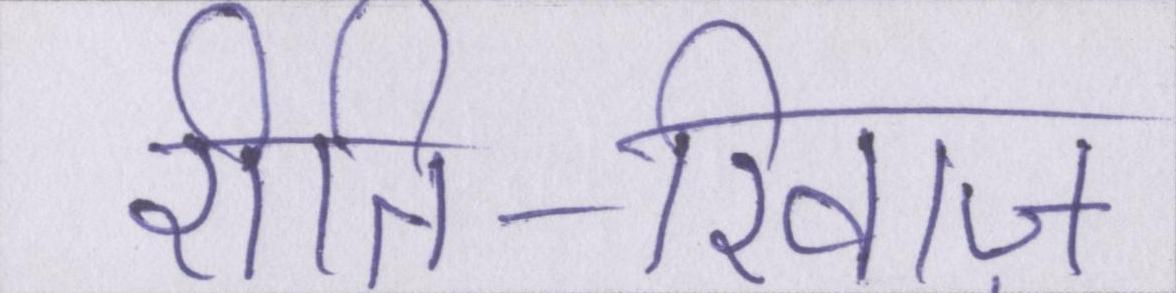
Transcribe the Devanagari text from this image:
रीति-रिवाज़